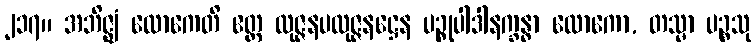
၂၁၇။ အဘိဇ္ဈံ လောကေတိ ဧတ္ထ လုဇ္ဇနပလုဇ္ဇနဋ္ဌေန ပဉ္စုပါဒါနက္ခန္ဓာ လောကော, တသ္မာ ပဉ္စသု